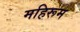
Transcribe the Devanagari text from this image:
महिरूम